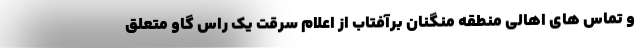
و تماس های اهالی منطقه مُنگنان برآفتاب از اعلام سرقت یک راس گاو متعلق